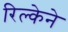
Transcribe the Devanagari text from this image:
रिल्केने